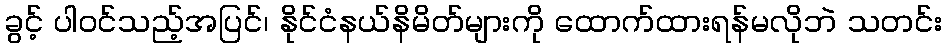
ခွင့် ပါဝင်သည့်အပြင်၊ နိုင်ငံနယ်နိမိတ်များကို ထောက်ထားရန်မလိုဘဲ သတင်း